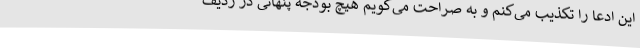
این ادعا را تکذیب می‌کنم و به صراحت می‌گویم هیچ بودجه پنهانی در ردیف